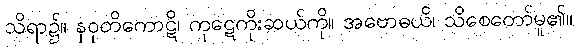
သိရာ၌။ နဝုတိကောဋိ၊ ကုဋေကိုးဆယ်ကို။ အဗောဓယိ၊ သိစေတော်မူ၏။